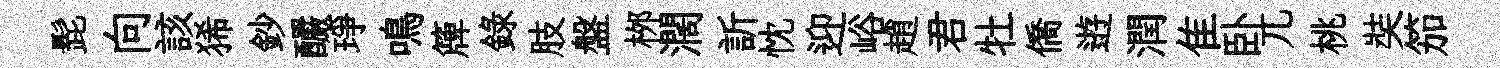
髭向該狶鈔釅琤鳴簰録肢盤桞濶訢忱迎峪趙君牡僑逰潤隹卧兀桃奘笳